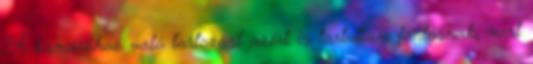
A kamarához való tartozást azért is tartottam fontosnak, mert